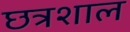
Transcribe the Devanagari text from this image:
छत्रशाल